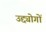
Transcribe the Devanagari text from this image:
उद्द्योगों